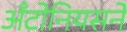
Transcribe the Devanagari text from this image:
अँटोनियसने